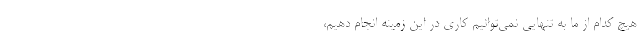
هیچ کدام از ما به تنهایی نمی‌توانیم کاری در این زمینه انجام دهیم،